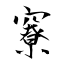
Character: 竂